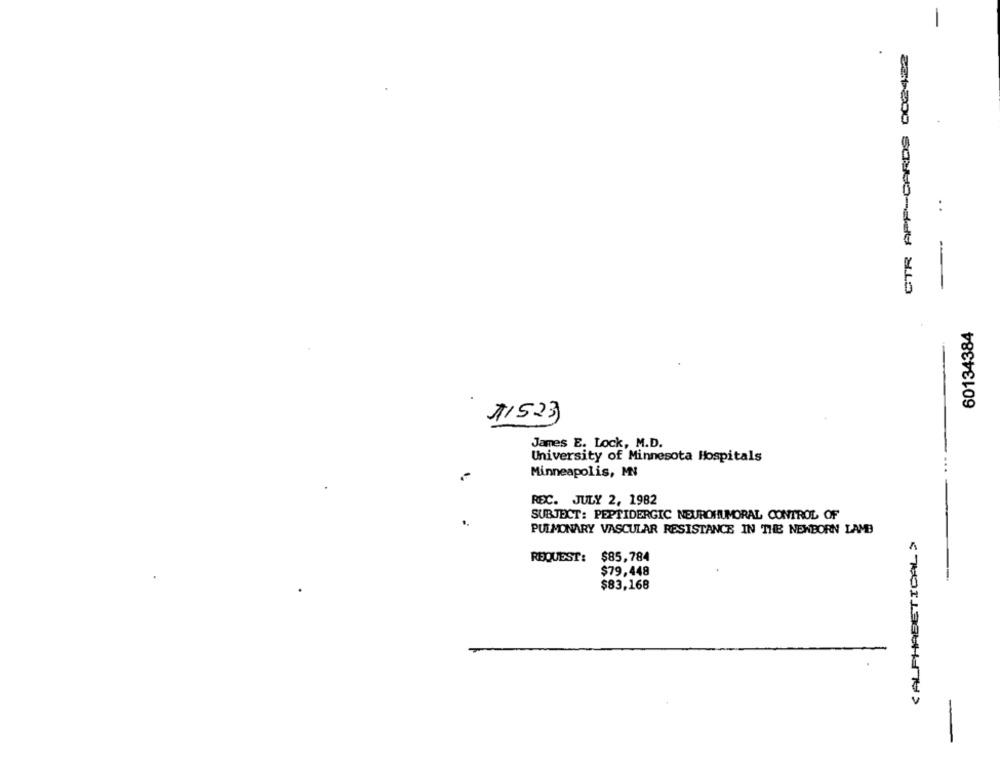
CTR APP-CARDS 002422
60134384
11523)
James E. Lock, M.D.
University of Minnesota Hospitals
Minneapolis, MN
REC. JULY 2, 1982
SUBJECT: PEPTIDERGIC NEUROHUMORAL CONTROL OF
PULMONARY VASCULAR RESISTANCE IN THE NEWBORN LAMB
CALPHABETICAL >
REQUEST: $85,784
$79,448
$83,168
-